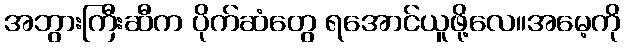
အဘွားကြီးဆီက ပိုက်ဆံတွေ ရအောင်ယူဖို့လေ။အမေ့ကို